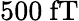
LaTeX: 500~\mathrm{fT}